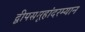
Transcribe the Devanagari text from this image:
द्वीपसमूहांदरम्यान